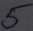
Text: 5